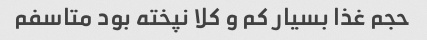
حجم غذا بسیار کم و کلا نپخته بود متاسفم